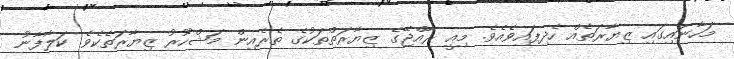
މަހާނައިގައި ޒިޔާރަތެއް ހެދިފައިވެއެވެ. މިއީ ރާއްޖޭގެ ޒިޔާރަތްތަކުގެ ތެރެއިން މަޝްހޫރު ޒިޔާރަތެކެވެ. ކަލާފާނު